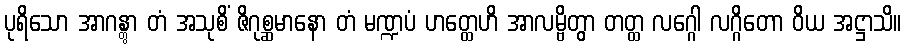
ပုရိသော အာဂန္တွာ တံ အသုစိံ ဇိဂုစ္ဆမာနော တံ မဏ္ဍပံ ဟတ္ထေဟိ အာလမ္ဗိတွာ တတ္ထ လဂ္ဂေါ လဂ္ဂိတော ဝိယ အဋ္ဌာသိ။